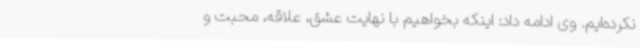
نکرده‌ایم. وی ادامه داد: اینکه بخواهیم با نهایت عشق، علاقه، محبت و